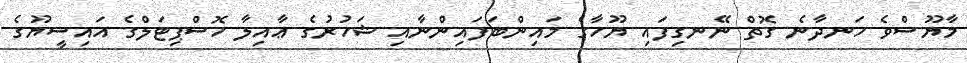
މާޔޫސްވެ ހަނދާނެ ގޮތް ނޭނގިފައި ޔޫހާގެ މައިންބަފައިންނާއި ޝަހުރުގެ ޢާއިލާ ހޮސްޕިޓަލްގެ އައިސީޔޫގެ